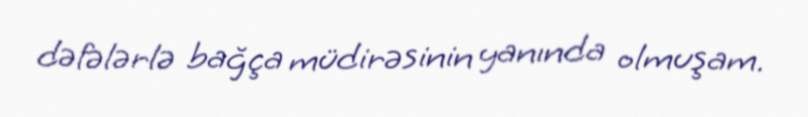
dəfələrlə bağça müdirəsinin yanında olmuşam.